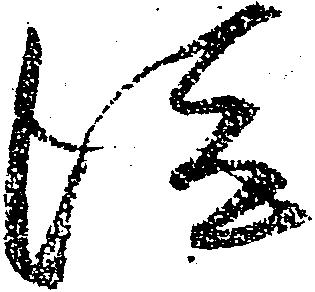
従